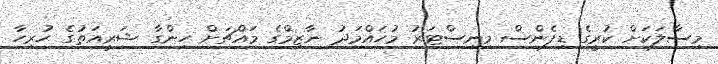
މިސާލަކަށް ކުރީގެ ޑިފެންސް މިނިސްޓަރު މުހައްމަދު ނާޒިމްގެ މައްޗަށް ހިންގާ ޝަރީއަތުގެ ހުރިހާ